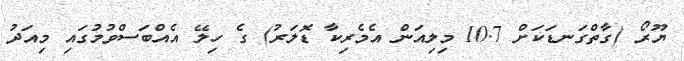
ޔޫރޯ (ގާތްގަނޑަކަށް 10.7 މިލިއަން އެމެރިކާ ޑޮލަރު) ގެ ހިލޭ އެއްބަސްވުމުގައި މިއަދު